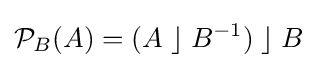
{\mathcal {P}}_{B}(A)=(A\;\rfloor \;B^{-1})\;\rfloor \;B